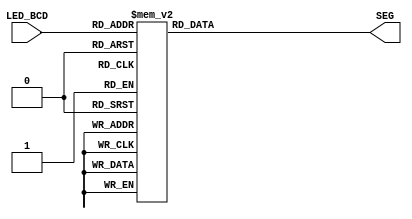
module BCDtoSevenSeg(
input [3:0] LED_BCD,
output reg [6:0]SEG
);

always@(*)
begin
  case(LED_BCD)
               4'b0000: SEG = 7'b1000000; // "0"
               4'b0001: SEG = 7'b1111001; // "1"
               4'b0010: SEG = 7'b0100100; // "2"
               4'b0011: SEG = 7'b0110000; // "3"
               4'b0100: SEG = 7'b0011001; // "4"
               4'b0101: SEG = 7'b0010010; // "5"
               4'b0110: SEG = 7'b0000010; // "6"
               4'b0111: SEG = 7'b1111000; // "7"
               4'b1000: SEG = 7'b0000000; // "8"
               4'b1001: SEG = 7'b0011000; // "9"
               default: SEG = 7'b1000000; // "0"

  endcase

end

endmodule